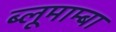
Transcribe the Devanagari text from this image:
ब्लूमाम्बा